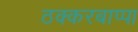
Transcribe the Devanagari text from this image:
ठक्करबाप्पा